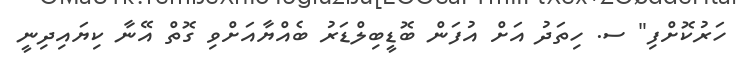
ހަރުކޮށްފި" ސ. ހިތަދު އަށް އުފަން ބޮޑީބިލްޑަރު ބެއްޔާއަށްވި ގޮތް އޭނާ ކިޔައިދިނީ